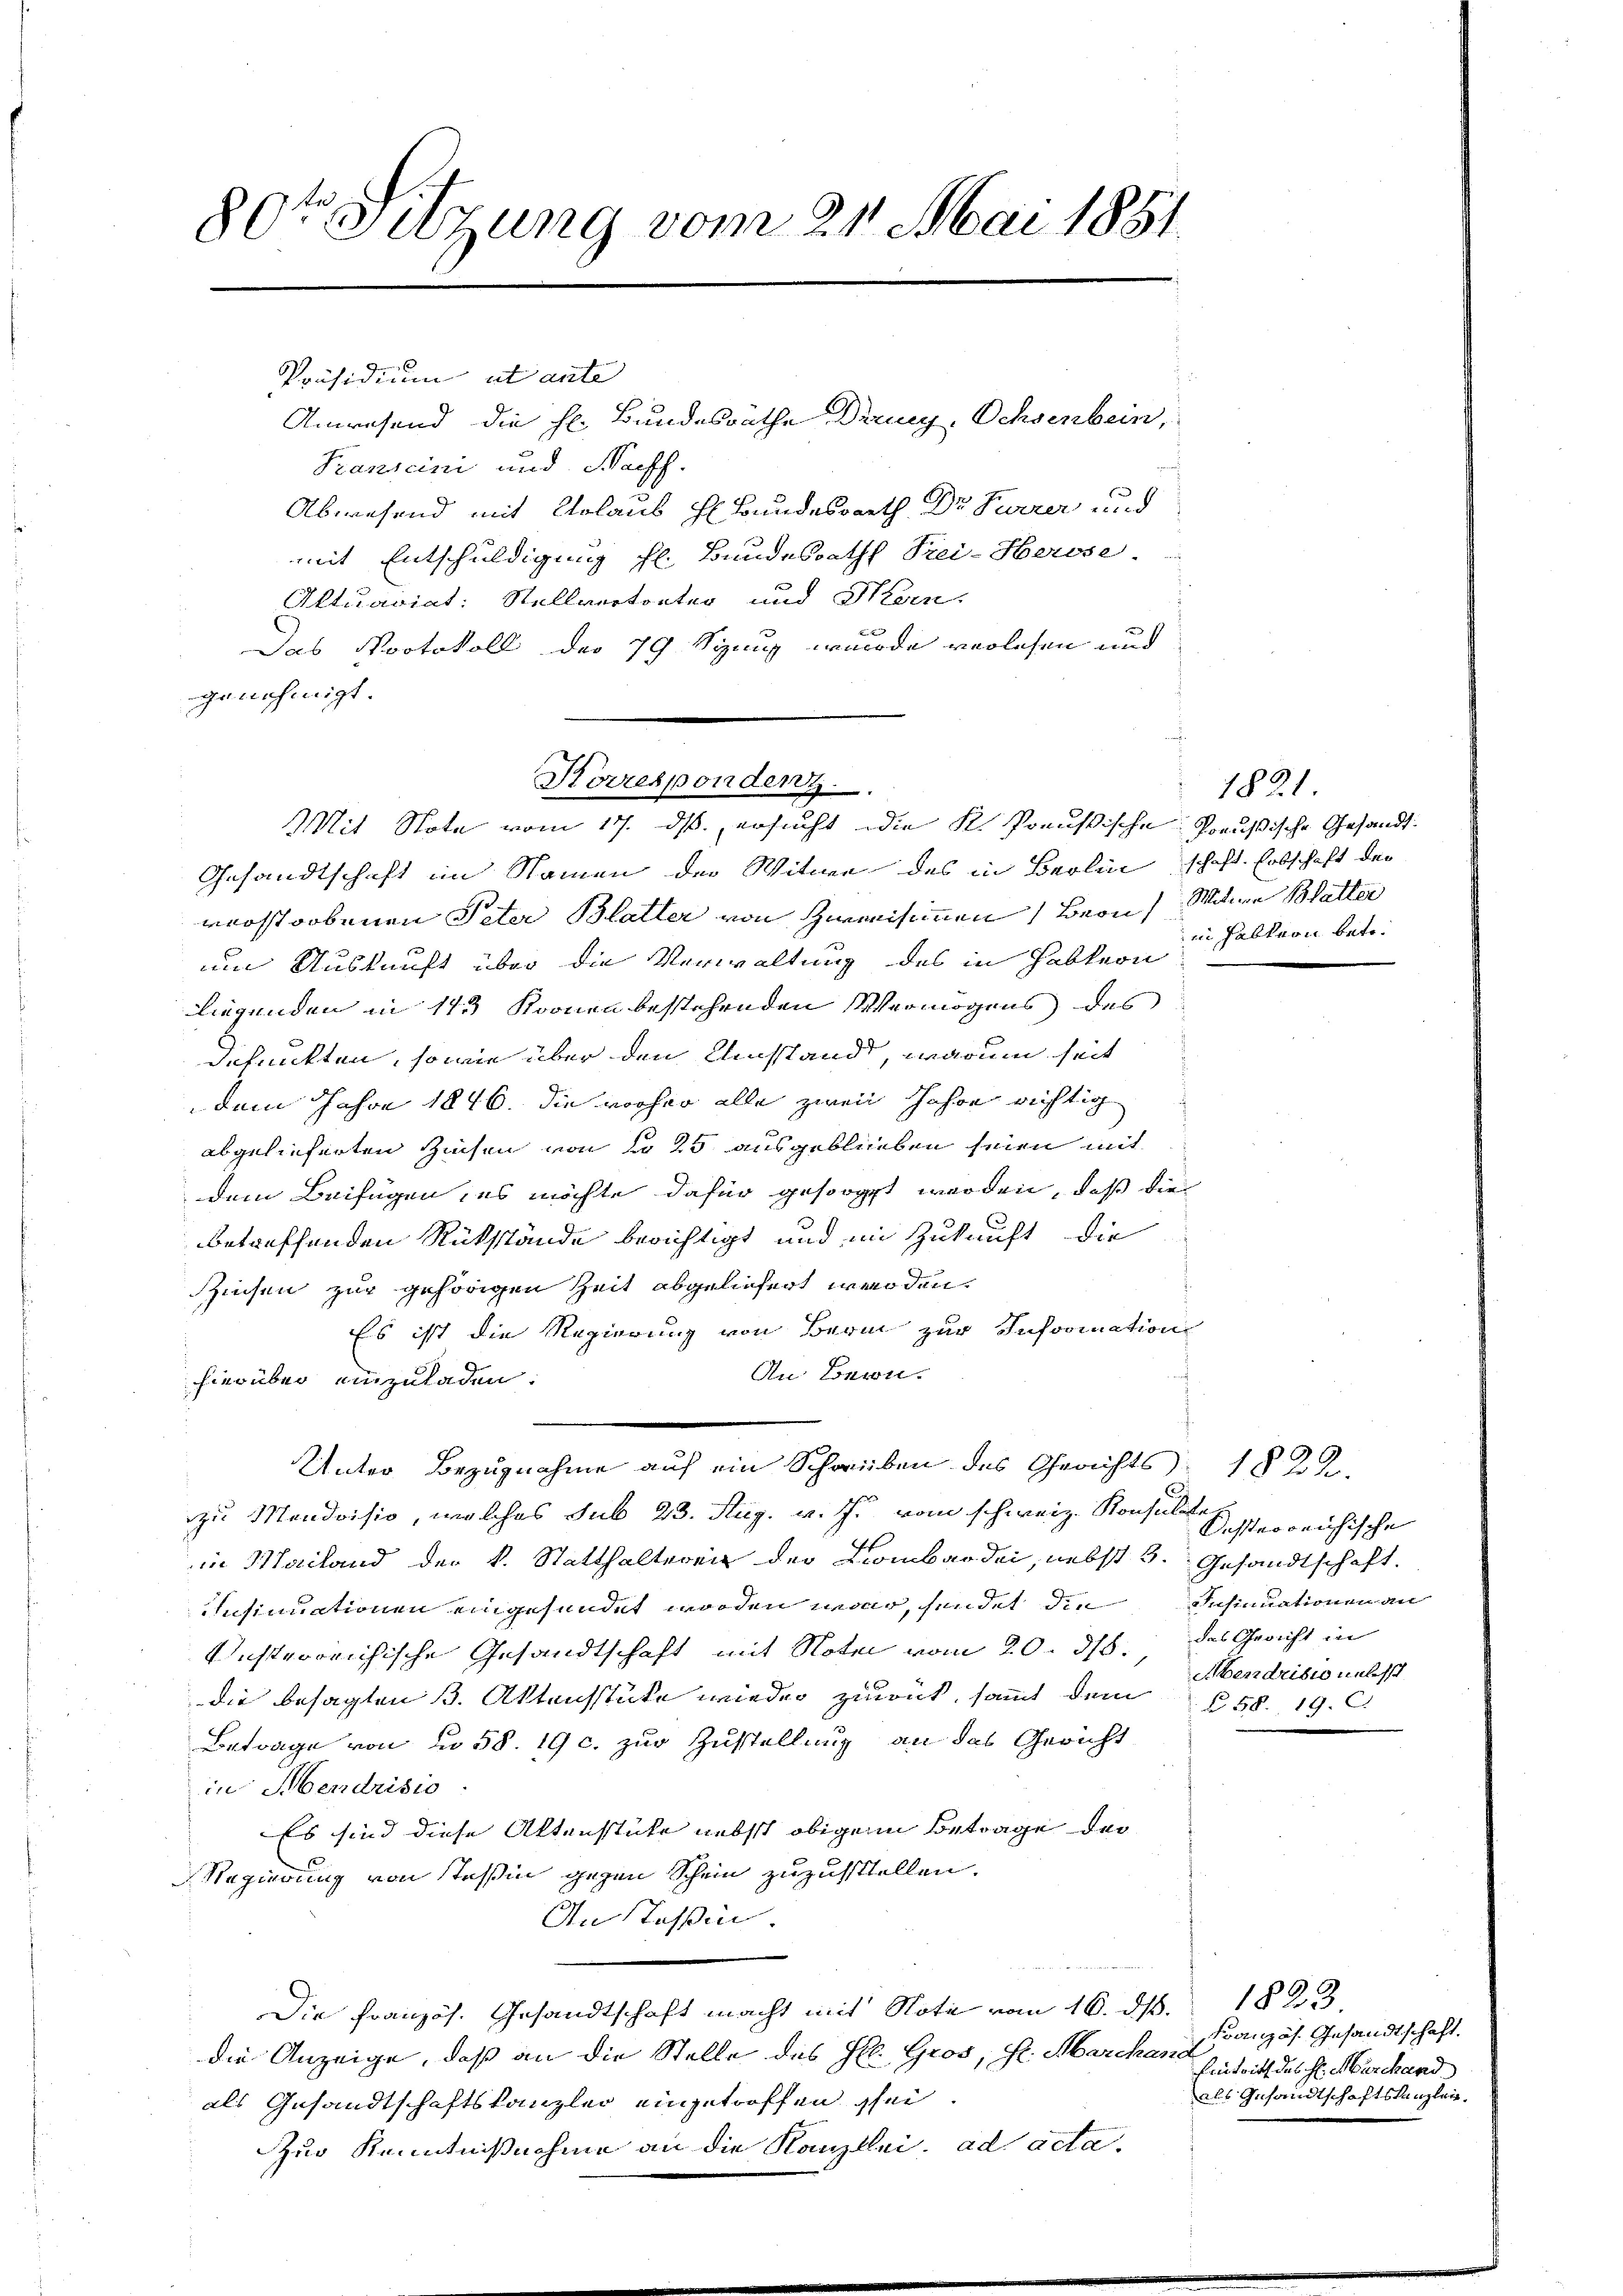
80t Sitzung vom 21. Mai 1881.

Präsidium ut ante
Anwesend die h. Bundesräthe Drung, Ochsenbein,
Kanicini und Nachs
Abwesend mit Urlaub h. Bundesrath Dr Furrer und
mit Entschuldigung l. Bundesrath Frei-Herose
Aktuariat: Stellvertreter und Hein-
Das Protokoll der 79 Sizung wurde verlesen und
genehmigt.
Gesandtschaft im Namen der Witwe des in Berlin schaft. Erbschaft der
werstorbenen Peter Blatter von Zweisimmen Bern, Witwe Blatter
um Auskunft über die Verwaltung des in Habkern
liegenden in 113 Kronen bestehenden Vermögens des
defunkten, sowie über den Umstand, warum seit
dem Jahre 1846. die vorher alle zwei Jahre richtig
abgelieferten Zinsen von No 25 ausgeblieben seien mit
dem Beifügen, es möchte dafür gesorgt werden, daß die
betreffenden Rükstände berichtigt und in Zukunft die
Zinsen zur gehörigen Zeit abgeliefert werden.
Es ist die Regierung von Bern zur Information
An Bern.
hierüber einzuladen.
Unter Bezugnahme auf ein Schrieben des Gerichts 1829.
zu Mondvisio, welches sub 23. Aug. v. J. vom schweiz. Konsulte
in Mailand der k. Statthaltereit der Lombardei, nebst 3. Gesandtschaft.
Insinuationen eingesundet worden war, sendet die Insinuationen an
Unsterreichische Gesandtschaft mit Note vom 20. ds. des Gericht in
die besagten 3. Aktensstücke wieder zuwet, somit dem § 58. 19. C.
Betrage von u. 58. 19 c. zur Zustellung an das Gericht
in Mendrisio
Es sind diese Altenstüke nebst obigen Betrage der
Regierung von Teßin gegen Schein zuzustellen.
An Stoßin

Die Französ. Gesandtschaft macht mit Note vom 16. d. 1828
die Anzeige, daß an die Stelle des Hl. Gros, d. Marchand
als Gesandtschaftskanzlei eingetroffen sei.
ur Kenntnißnahme an die Kanzlei. ad acta.

Korrespondenz.
Mit Note vom 17. ds., ersucht die K. Preußische Preußische Gesandt¬

1821.
in Falkern betr.

Kisterreichische
Abendrisionalst

Französ. Gesandtschaft.
Eintritt des H. Marchand
als Gesandtschaftskanzlei.